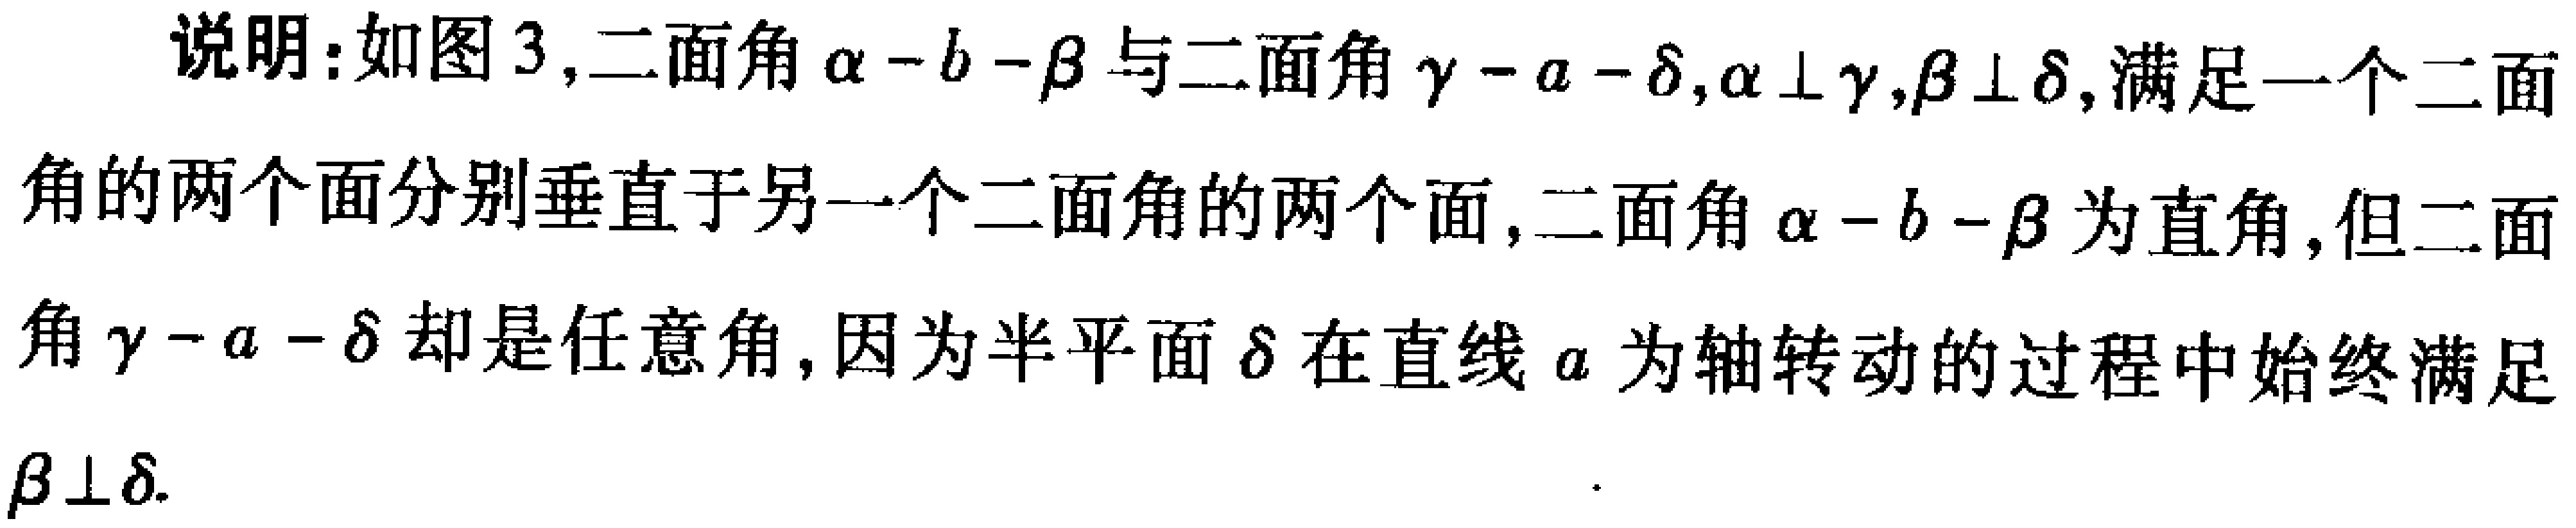
说明：如图 3,二面角\(\alpha - b - \beta\)与二面角\(\gamma - a - \delta\),\(\alpha \perp \gamma\),\(\beta \perp \delta\),满足一个二面角的两个面分别垂直于另一个二面角的两个面,二面角\(\alpha - b - \beta\)为直角,但二面角\(\gamma - a - \delta\)却是任意角,因为半平面\(\delta\)在直线\(a\)为轴转动的过程中始终满足\(\beta \perp \delta\).